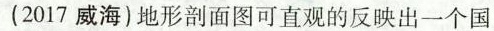
(2017威海)地形剖面图可直观的反映出一个国